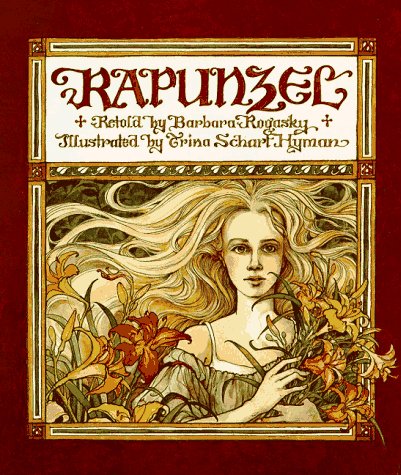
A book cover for Rapunzel; Barbara Rogasky; Children's Books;